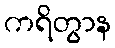
ကရိတွာန